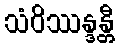
သံဝိဿန္ဒန္တီ